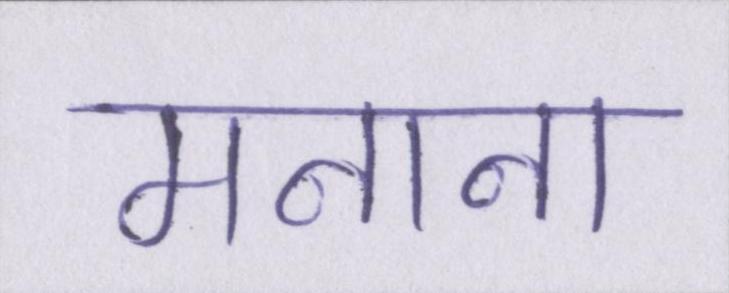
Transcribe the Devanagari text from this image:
मनाना